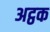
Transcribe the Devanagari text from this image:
अट्ठक